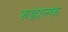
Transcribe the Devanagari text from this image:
रुडाल्फ